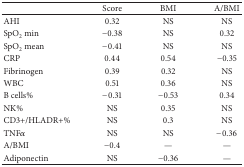
<table><thead><tr><td><b> </b></td><td><b>Score</b></td><td><b>BMI</b></td><td><b>A/BMI</b></td></tr></thead><tbody><tr><td>AHI</td><td>0.32</td><td>NS</td><td>NS</td></tr><tr><td>SpO<sub>2</sub> min</td><td>−0.38</td><td>NS</td><td>0.32</td></tr><tr><td>SpO<sub>2</sub> mean</td><td>−0.41</td><td>NS</td><td>NS</td></tr><tr><td>CRP</td><td>0.44</td><td>0.54</td><td>−0.35</td></tr><tr><td>Fibrinogen </td><td>0.39</td><td>0.32</td><td>NS</td></tr><tr><td>WBC</td><td>0.51</td><td>0.36</td><td>NS</td></tr><tr><td>B cells%</td><td>−0.31</td><td>−0.53</td><td>0.34</td></tr><tr><td>NK%</td><td>NS</td><td>0.35</td><td>NS</td></tr><tr><td>CD3+/HLADR+% </td><td>NS</td><td>0.3</td><td>NS</td></tr><tr><td>TNFα</td><td>NS</td><td>NS</td><td>−0.36</td></tr><tr><td>A/BMI</td><td>−0.4</td><td>—</td><td>—</td></tr><tr><td>Adiponectin</td><td>NS</td><td>−0.36</td><td>—</td></tr></tbody></table>